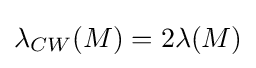
\lambda _{CW}(M)=2\lambda (M)